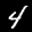
Label: 4